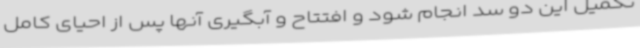
تکمیل این دو سد انجام شود و افتتاح و آبگیری آنها پس از احیای کامل